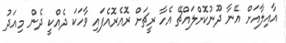
އާއިލާއަށް އޭނާ ދޫނުކޮށްލައްޗޭ އެހާ ރީޗަށް ރޮއެރޮއެފައި ވާހަކަ ދެއްކީ ދެން މިއަދު